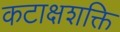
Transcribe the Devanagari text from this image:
कटाक्षशक्ति